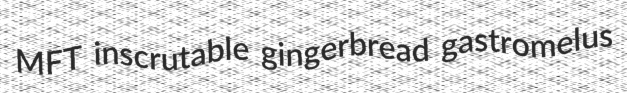
MFT inscrutable gingerbread gastromelus